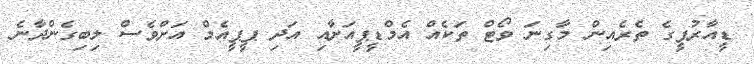
ޑީއާރުޕީގެ ތެރެއިން މާގިނަ ވޯޓް ތަކެއް އެމްޑީޕީއަށާއި އަދި ޕީޕީއެމް އަށްވެސް ލިބިގެންދާނެ